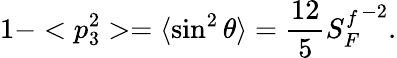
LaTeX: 1-<p_{3}^{2}>=\langle\sin^{2}\theta\rangle=\frac{12}{5}{S_{F}^{f}}^{-2}.